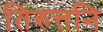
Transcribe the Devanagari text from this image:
तिरुत्तनि